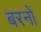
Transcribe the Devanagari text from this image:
बरनों